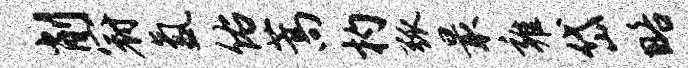
削冠氲佑蒿杓弧最雍岱略